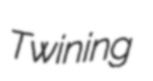
Twining